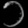
Digit: ၁